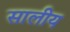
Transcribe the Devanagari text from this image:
सालीय